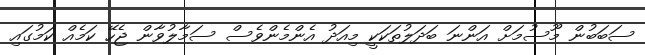
ސަބަބުން މޫސުމަށް އަންނަ ބަދަލުތަކަކީ މިއަދު އެންމެންވެސް ސަމާލުވާން ޖެހޭ ކަމެއް ކަމުގައި